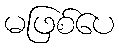
မဖြစ်ပေ